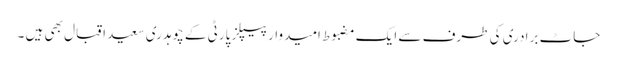
جاٹ برادری کی طرف سے ایک مضبوط امیدوار پیپلز پارٹی کے چوہدری سعید اقبال بھی ہیں ۔